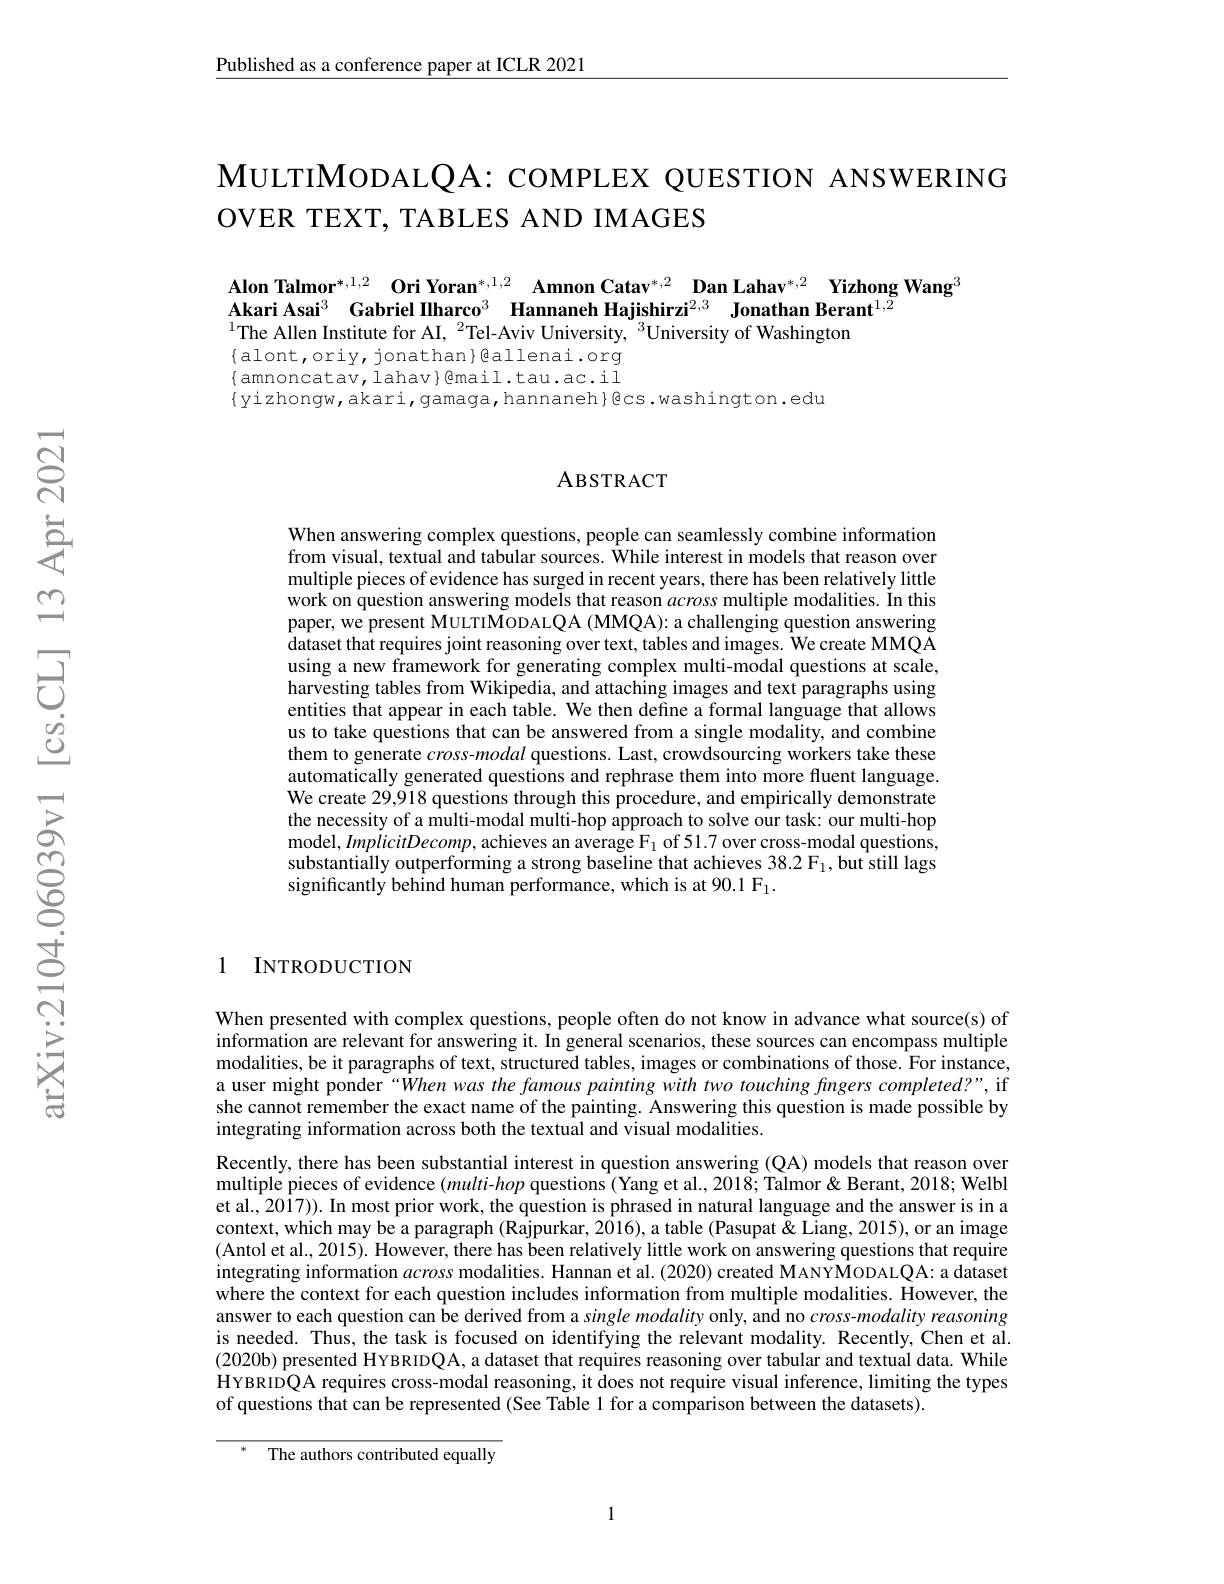
$\underline{\text{Published as a conference paper at ICLR 2021}}$

$\mathsf{M}$ULTI$\mathsf{M}$ODAL$\mathsf{Q}\mathsf{A}:\mathsf{C}\mathsf{O}\mathsf{M}\mathsf{P}\mathsf{L}\mathsf{E}\mathsf{X}\mathsf{Q}\mathsf{U}\mathsf{E}\mathsf{S}\mathsf{T}\mathsf{I}\mathsf{O}\mathsf{N}~\mathsf{A}\mathsf{N}\mathsf{S}\mathsf{W}\mathsf{E}\mathsf{R}I\mathsf{N}\mathsf{G}$
OVER TEXT, TABLES AND IMAGES

Alon Talmor$^* , 1, 2$ $\textbf{Ori Yoran}^{* , 1, 2}$ $\textbf{Amnon Catav}^{* , 2}$ $\textbf{Dan Lahav}^{* , 2}$ $\textbf{Yizhong Wang}^3$
Akari Asai$^3$ Gabriel Ilharco$^3$ Hannaneh Hajishirzi$^2,3\textbf{ Jonathan Berant}^{1,\bar{2}}$
$^{1}$The Allen Institute for AI,$^2$Tel-Aviv University,$^3$University of Washington
$\{$alont,oriy,jonathan$\}$eallenai.org $\{$amnoncatav, lahav}@mail.tau.ac.il

$\{$yizhongw,akari,gamaga,hannaneh$\}$Ecs.washington.edu

# ABSTRACT

When answering complex questions, people can seamlessly combine information from visual, textual and tabular sources. $\hat{\text{While interest in models that reason over}}$ multiple pieces of evidence has surged in recent years, there has been relatively little work on question answering models that reason across multiple modalities. In this paper, we present MULTIMODALQA (MMQA): a challenging question answering dataset that requires joint reasoning over text, tables and images. We create MMQA using a new framework for generating complex multi-modal questions at scale, harvesting tables from Wikipedia, and attaching images and text paragraphs using entities that appear in each table. We then define a formal language that allows us to take questions that can be answered from a single modality, and combine them to generate $cross-modal$ questions. Last, crowdsourcing workers take these automatically generated questions and rephrase them into more fluent language. We create 29,918 questions through this procedure, and empirically demonstrate the necessity of a multi-modal multi-hop approach to solve our task: our multi-hop model, ImplicitDecomp, achieves an average F$_1$ of 51.7 over cross-modal questions, substantially outperforming a strong baseline that achieves 38.2 F$_1$, but still lags significantly behind human performance, which is at 90.1 F$_{1}.$

1 INTRODUCTION

When presented with complex questions, people often do not know in advance what source(s) of $\hat{\text{information are relevant for answering it. In general scenarios, these sources can encompass multiple}}$ modalities, be it paragraphs of text, structured tables, images or combinations of those. For instance, a user might ponder“$\hat{W}hen$ was the famous painting with two touching fingers completed?”, if she cannot remember the exact name of the painting. Answering this question is made possible by integrating information across both the textual and visual modalities.
Recently, there has been substantial interest in question answering (QA) models that reason over multiple pieces of evidence $(multi-hop$ questions (Yang et al., 2018; Talmor & Berant, 2018; Welbl et al., 2017)). In most prior work, the question is phrased in natural language and the answer is in a context, which may be a paragraph (Rajpurkar, 2016), a table (Pasupat & Liang, 2015), or an image (Antol et al., 2015). However, there has been relatively little work on answering questions that require integrating information across modalities. Hannan et al. (2020) created MANY$\hat{\mathbf{M}}$ODALQA: a dataset where the context for each question includes information from multiple modalities. However, the answer to each question can be derived from a single modality only, and no cross-modality reasoning is needed. Thus, the task is focused on identifying the relevant modality. Recently, Chen et al. (2020b) presented HYBRIDQA, a dataset that requires reasoning over tabular and textual data. While HYBRIDQA requires cross-modal reasoning, it does not require visual inference, limiting the types of questions that can be represented (See Table 1 for a comparison between the datasets).

The authors contributed equally

1